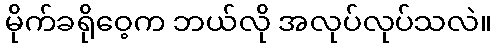
မိုက်ခရိုဝေ့က ဘယ်လို အလုပ်လုပ်သလဲ။